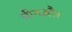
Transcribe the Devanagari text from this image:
चीनऔर